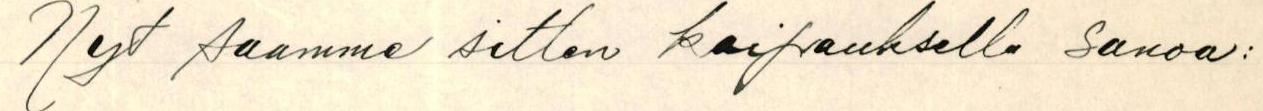
Nyt saamme sitten kaipauksella sanoa: